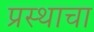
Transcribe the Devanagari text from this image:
प्रस्थाचा